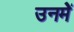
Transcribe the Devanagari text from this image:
उनमेें